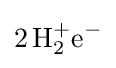
{2\,\mathrm {H} {\vphantom {A}}_{\smash[{t}]{2}}^{+}\mathrm {e} {\vphantom {A}}^{-}}